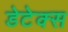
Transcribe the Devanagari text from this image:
डेटेक्स